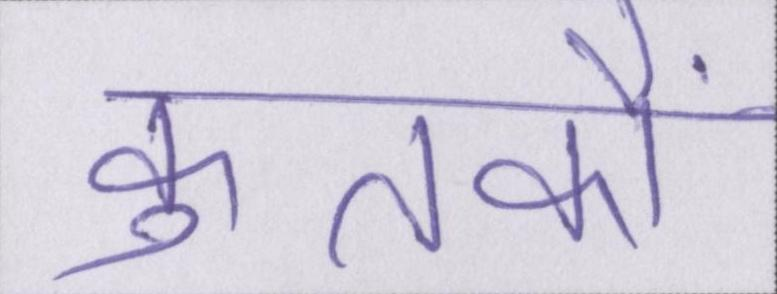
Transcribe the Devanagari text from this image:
कुतर्कों